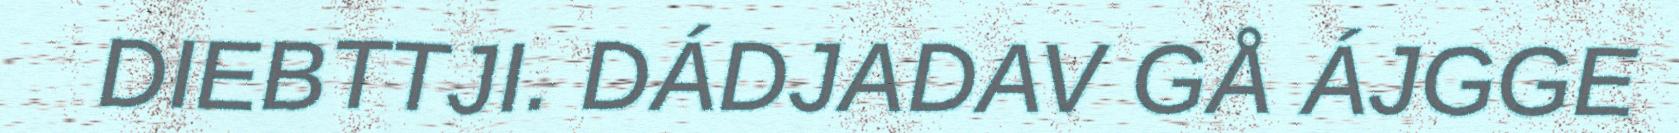
DIEBTTJI. DÁDJADAV GÅ ÁJGGE